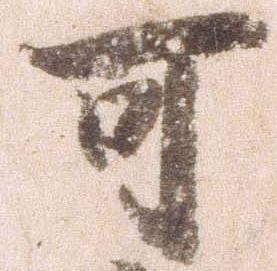
可